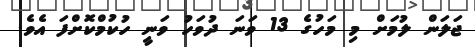
ޖަލަން ލުމަށް މި މަހުގެ 13 ވަނަ ދުވަހު ވަނީ ހުކުމްކޮށްފަ އެވެ.